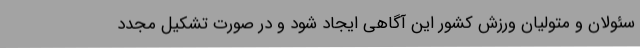
سئولان و متولیان ورزش کشور این آگاهی ایجاد شود و در صورت تشکیل مجدد